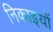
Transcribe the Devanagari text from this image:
निकाइयों